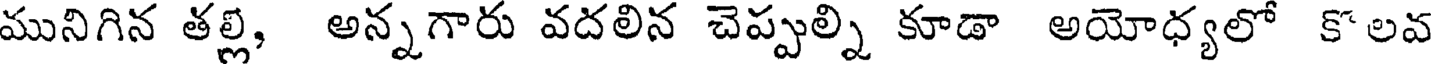
మునిగిన తల్లి, అన్నగారు వదలిన చెప్పుల్ని కూడా అయోధ్యలో కొలవ